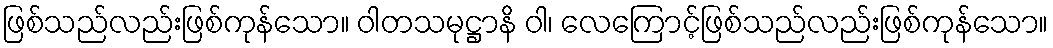
ဖြစ်သည်လည်းဖြစ်ကုန်သော။ ဝါတသမုဋ္ဌာနိ ဝါ၊ လေကြောင့်ဖြစ်သည်လည်းဖြစ်ကုန်သော။